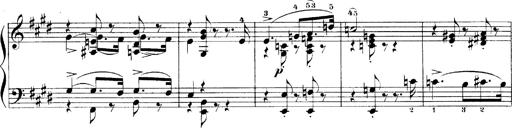
Title: LiebestrÃ¤ume
Composer: Franz Behr
Key: E-flat major